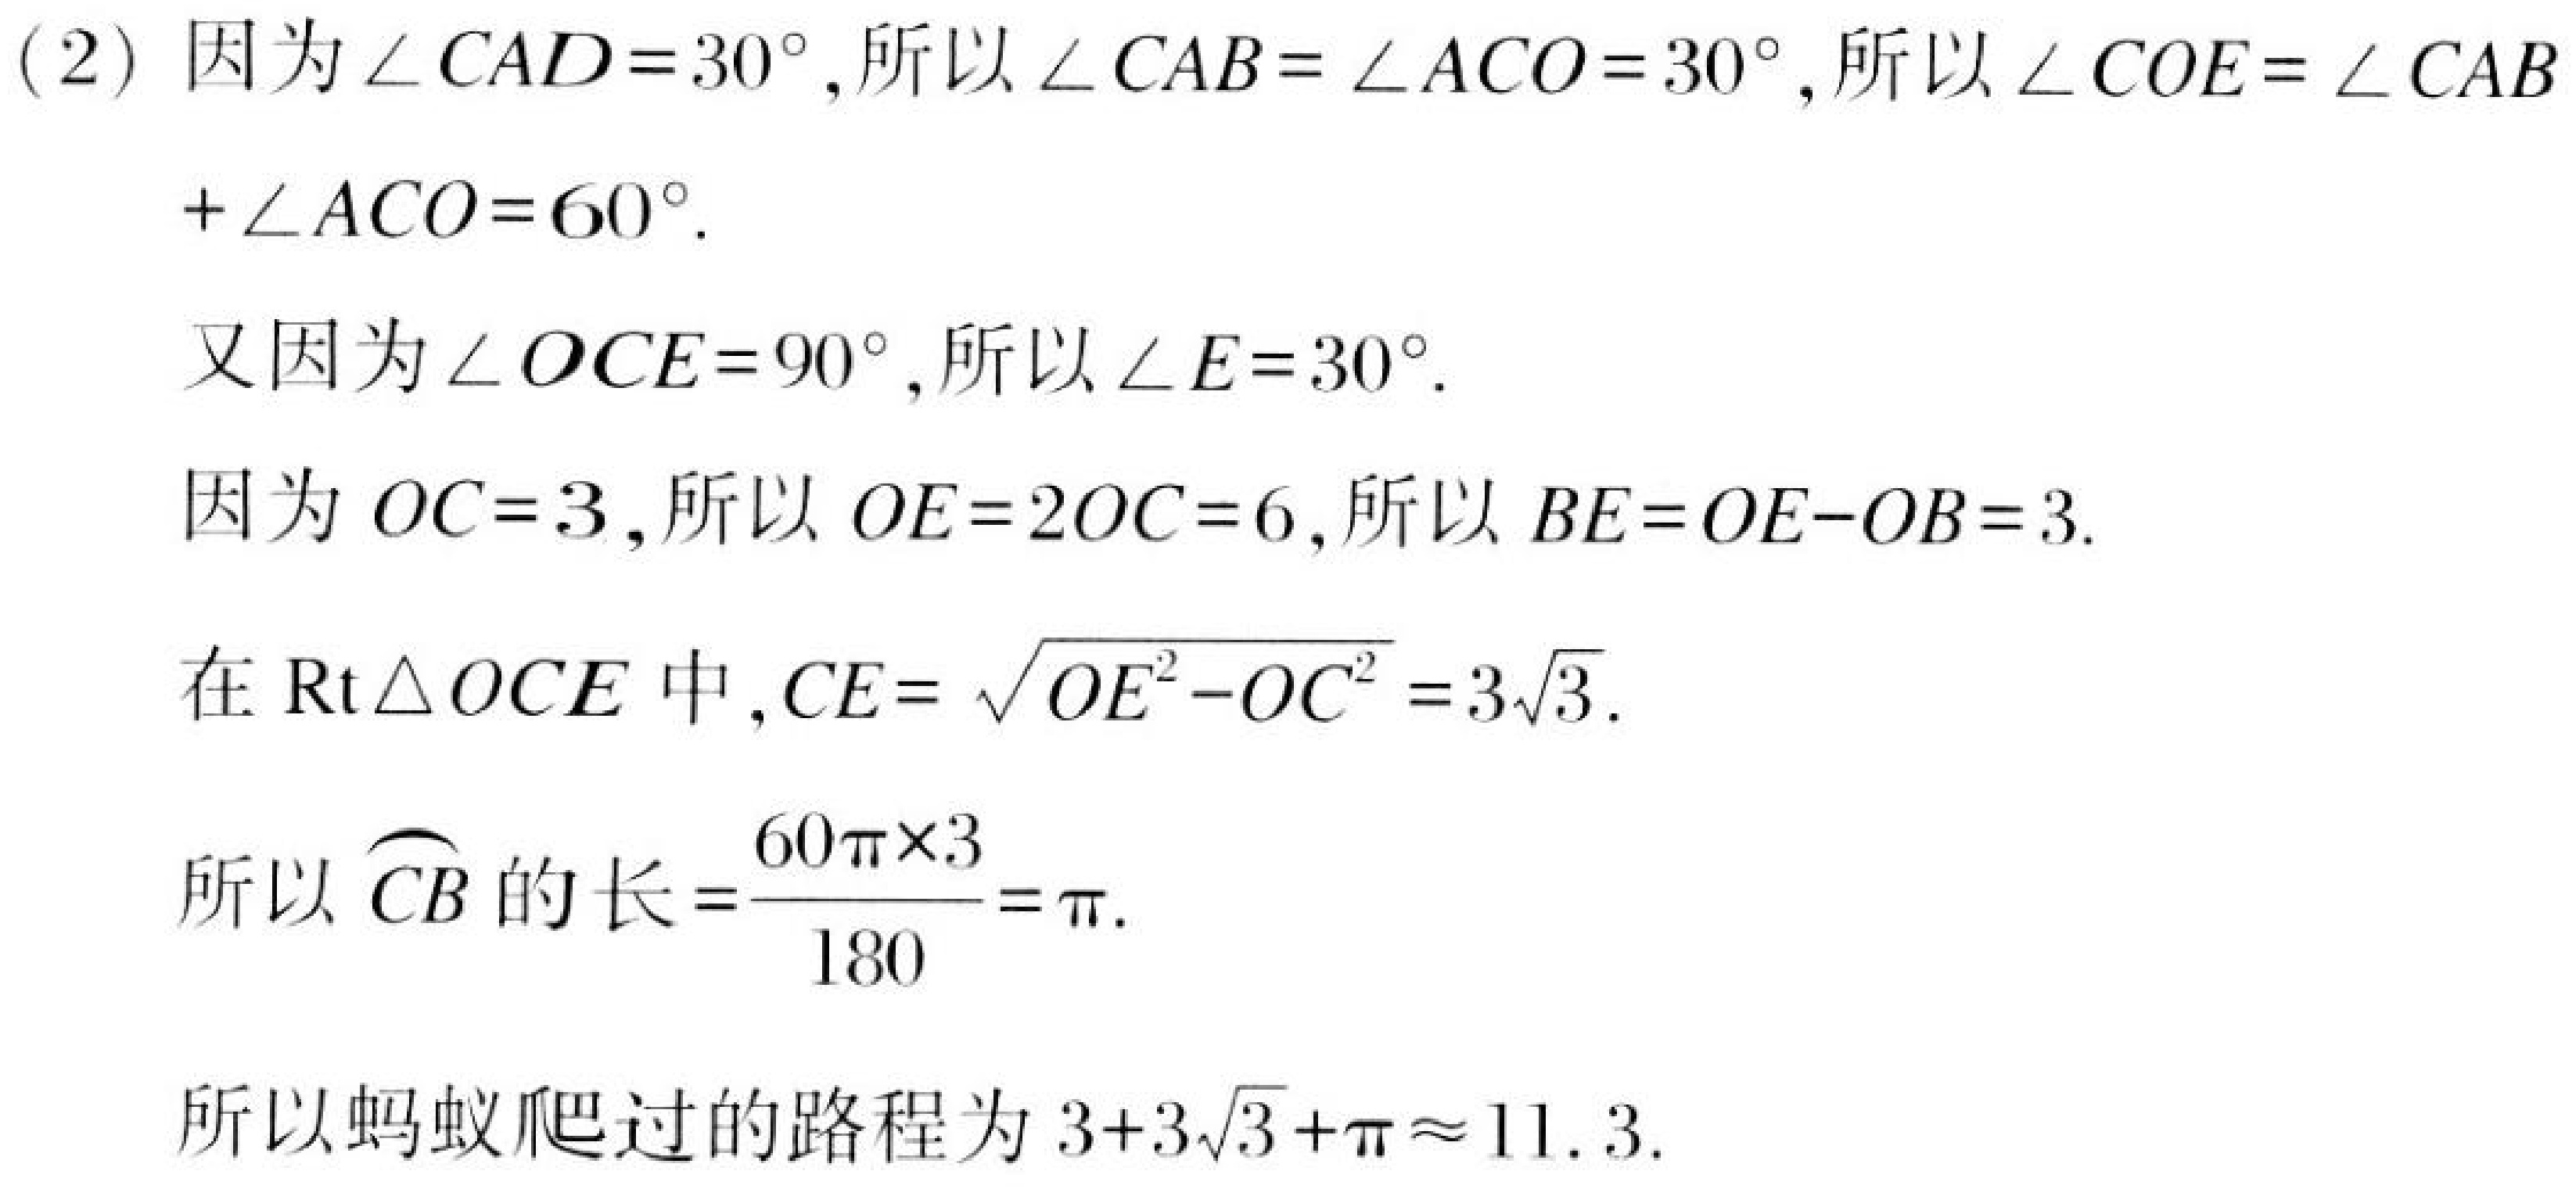
(2) 因为\(\angle CAD = 30^{\circ}\), 所以\(\angle CAB=\angle ACO = 30^{\circ}\), 所以\(\angle COE=\angle CAB+\angle ACO = 60^{\circ}\).
又因为\(\angle OCE = 90^{\circ}\), 所以\(\angle E = 30^{\circ}\).
因为\(OC = 3\), 所以\(OE = 2OC = 6\), 所以\(BE=OE - OB = 3\).
在\(\text{Rt}\triangle OCE\)中, \(CE=\sqrt{OE^{2}-OC^{2}} = 3\sqrt{3}\).
所以\(\overset{\frown}{CB}\)的长\(=\frac{60\pi\times3}{180}=\pi\).
所以蚂蚁爬过的路程为\(3 + 3\sqrt{3}+\pi\approx11.3\).